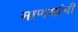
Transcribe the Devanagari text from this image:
माणसांचीं